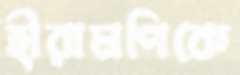
হীরামণিকে